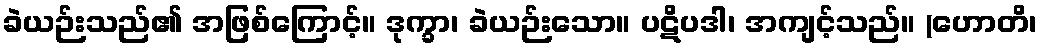
ခဲယဉ်းသည်၏ အဖြစ်ကြောင့်။ ဒုက္ခာ၊ ခဲယဉ်းသော။ ပဋိပဒါ၊ အကျင့်သည်။ (ဟောတိ၊